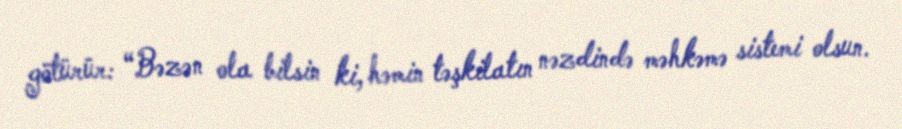
götürür: “Bəzən ola bilsin ki, həmin təşkilatın nəzdində məhkəmə sistemi olsun.